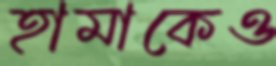
হামাকেও